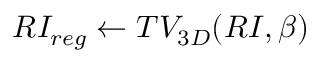
R I _ { r e g } \gets T V _ { 3 D } ( R I , \beta )